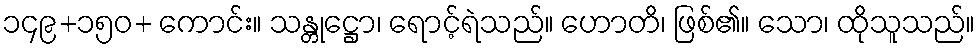
၁၄၉+၁၅၀+ ကောင်း။ သန္တုဋ္ဌော၊ ရောင့်ရဲသည်။ ဟောတိ၊ ဖြစ်၏။ သော၊ ထိုသူသည်။